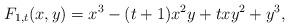
LaTeX: \begin{align*} F_{1,t}(x,y)=x^3-(t+1)x^2y+txy^2+y^3,\end{align*}